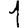
Digit: 1